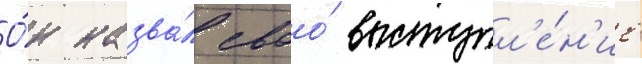
О́н назва́л своо́ выступл'е́н'ие